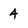
Character: 4